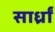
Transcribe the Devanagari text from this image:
सार्ध्रां